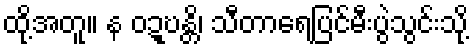
ထို့အတူ။ န ဝဍ္ဎန္တိ၊ သီတာရေပြင်မီးပွဲသွင်းသို့